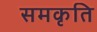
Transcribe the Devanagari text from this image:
समकृति